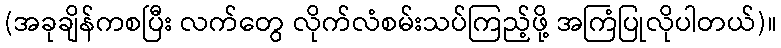
(အခုချိန်ကစပြီး လက်တွေ လိုက်လံစမ်းသပ်ကြည့်ဖို့ အကြံပြုလိုပါတယ်)။